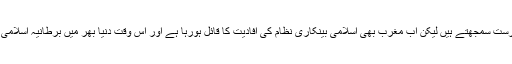
ان کا کہنا تھا کہ ہم ہر کام میں مغرب کی تقلیدکررہے ہیں اور اُن کے ہرکام کو درست سمجھتے ہیں لیکن اب مغرب بھی اسلامی بینکاری نظام کی افادیت کا قائل ہورہا ہے اور اس وقت دنیا بھر میں برطانیہ اسلامی بینکاری کا مرکز ہے جہاں سالانہ تین ارب پاوٴنڈ کی اسلامی بینکنگ ہورہی ہے ۔